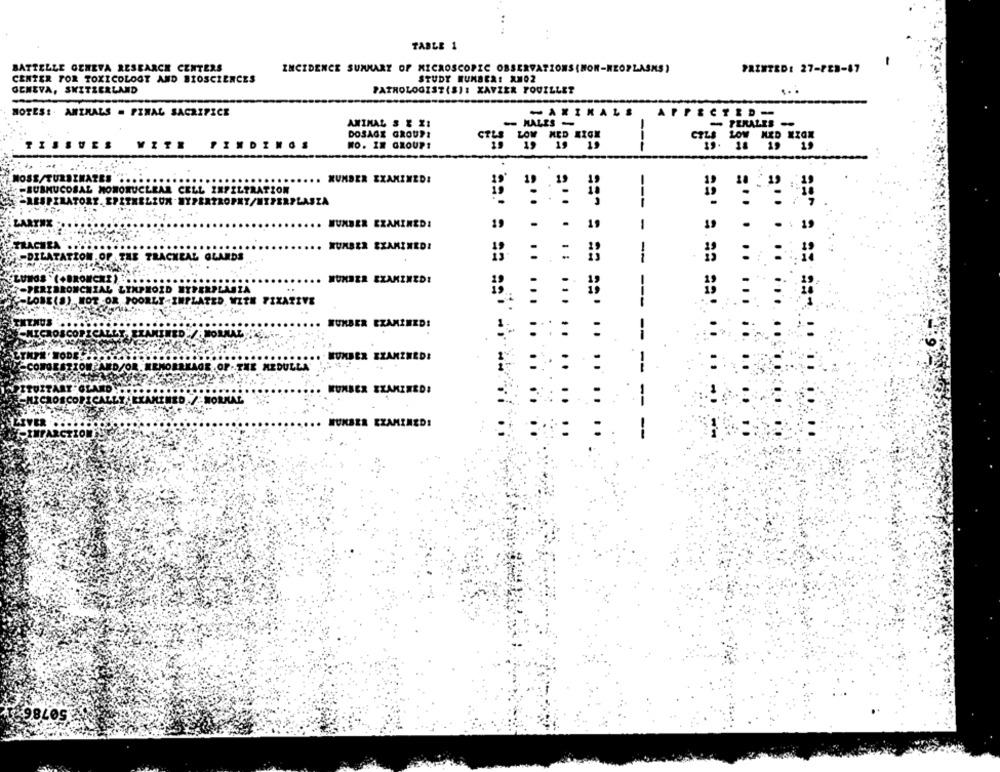
TABLE 1
BATTELLE GENEVA RESEARCH CENTERS
INCIDENCE SUMMARY OF MICROSCOPIC OBSERVATIONS(NON-NEOPLASMS)
PAINTED: 27-FEB-87
CENTER FOR TOXICOLOGY AND BIOSCIENCES
STUDY NUMBER: AMO2
GENEVA, SWITZERLAND
PATHOLOGIST(S): XAVIER FOUILLET
NOTES: . ANIMALS . FINAL SACRIFICE
- AKIKALS
AFFECTED-
ANIMAL S & ZI
- NALES -
DOSAGE GROUPS
TISSUES
INDINOS
NO. IN GROUPS
---
CELA LOW MED KICK
=== == = ===
MOSS/TURBINAZES
. NUMBER EXAMINED:
SUBMUCOSAL MOWORUCLEAR CELL INFILTRATION
-RESPIRATORY. EPITHELIUM -HYPERTROPHY/HIPERPLASIA
--
5
LARYNX
. HUMBER EXAMINED:
-
19
TRACHEA
. HUMBER EXAMINED!
-DILATATION.OP.
-
LANDS
:: : "
:: #
. HUMBER EXAMINED!
RLY-INFLATED WITH FIXATIVE
·· WURBER EXAMINED:
HUMBER EXAMINEDE
NUMBER EXAMINED:
50786